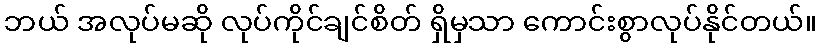
ဘယ် အလုပ်မဆို လုပ်ကိုင်ချင်စိတ် ရှိမှသာ ကောင်းစွာလုပ်နိုင်တယ်။